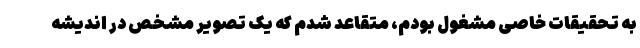
به تحقیقات خاصی مشغول بودم، متقاعد شدم که یک تصویر مشخص در اندیشه